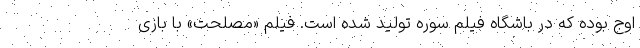
اوج بوده که در باشگاه فیلم سوره تولید شده است. فیلم «مصلحت» با بازی